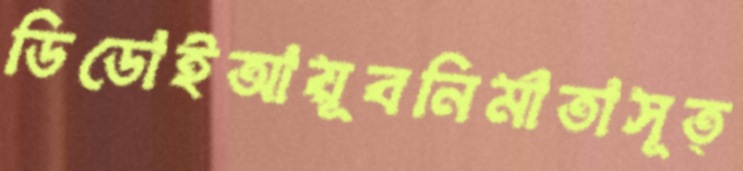
ডিডোইআয়ূবনির্মাতাসূত্